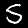
Digit: 5